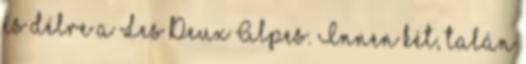
és délre a Les Deux Alpes. Innen két, talán